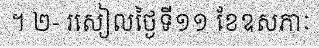
។ ២- រសៀលថ្ងៃទី១១ ខែឧសភាៈ